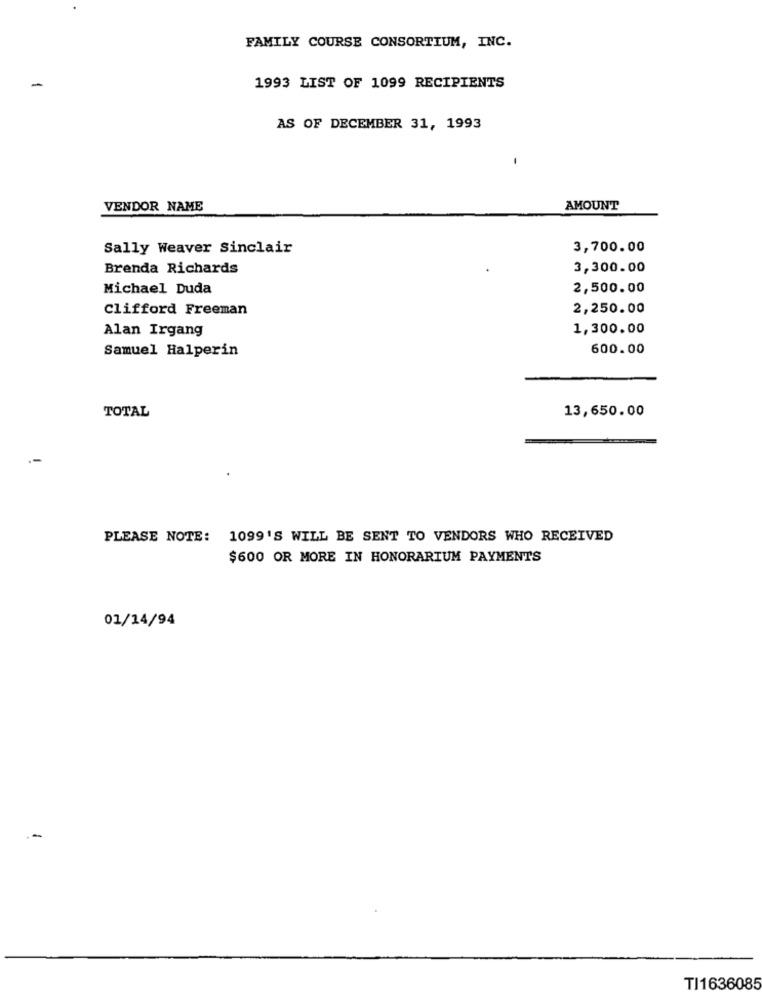
FAMILY COURSE CONSORTIUM, INC.
-
1993 LIST OF 1099 RECIPIENTS
AS OF DECEMBER 31, 1993
VENDOR NAME
AMOUNT
Sally Weaver Sinclair
3,700.00
Brenda Richards
3,300.00
Michael Duda
2,500.00
Clifford Freeman
2,250.00
Alan Irgang
1,300.00
Samuel Halperin
600.00
TOTAL
13,650.00
PLEASE NOTE: 1099'S WILL BE SENT TO VENDORS WHO RECEIVED
$600 OR MORE IN HONORARIUM PAYMENTS
01/14/94
TI1636085